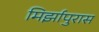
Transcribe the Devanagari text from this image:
मिर्झापुरास